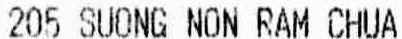
205 SUONG NON RAM CHUA